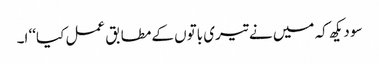
سو دیکھ کہ میں نے تیری باتوں کےمطابق عمل کیا‘‘ ا۔